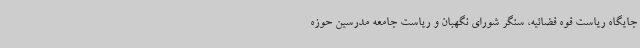
جایگاه ریاست قوه قضائیه، سنگر شورای نگهبان و ریاست جامعه مدرسین حوزه